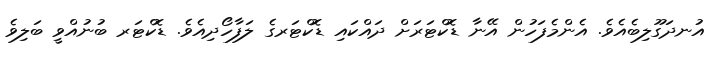
އުނދަގޫލިބެއެވެ. އެންމެފަހުން އޭނާ ޑޮކްޓަރަށް ދައްކައި ޑޮކްޓަރގެ ލަފާހޯދިއެވެ. ޑޮކްޓަރ ބުނުއްވީ ބަލިވެ